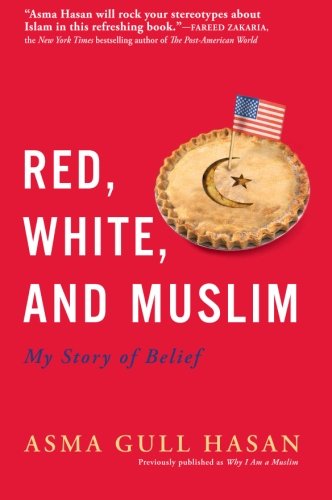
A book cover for Red, White, and Muslim: My Story of Belief; Asma Gull Hasan; Religion & Spirituality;